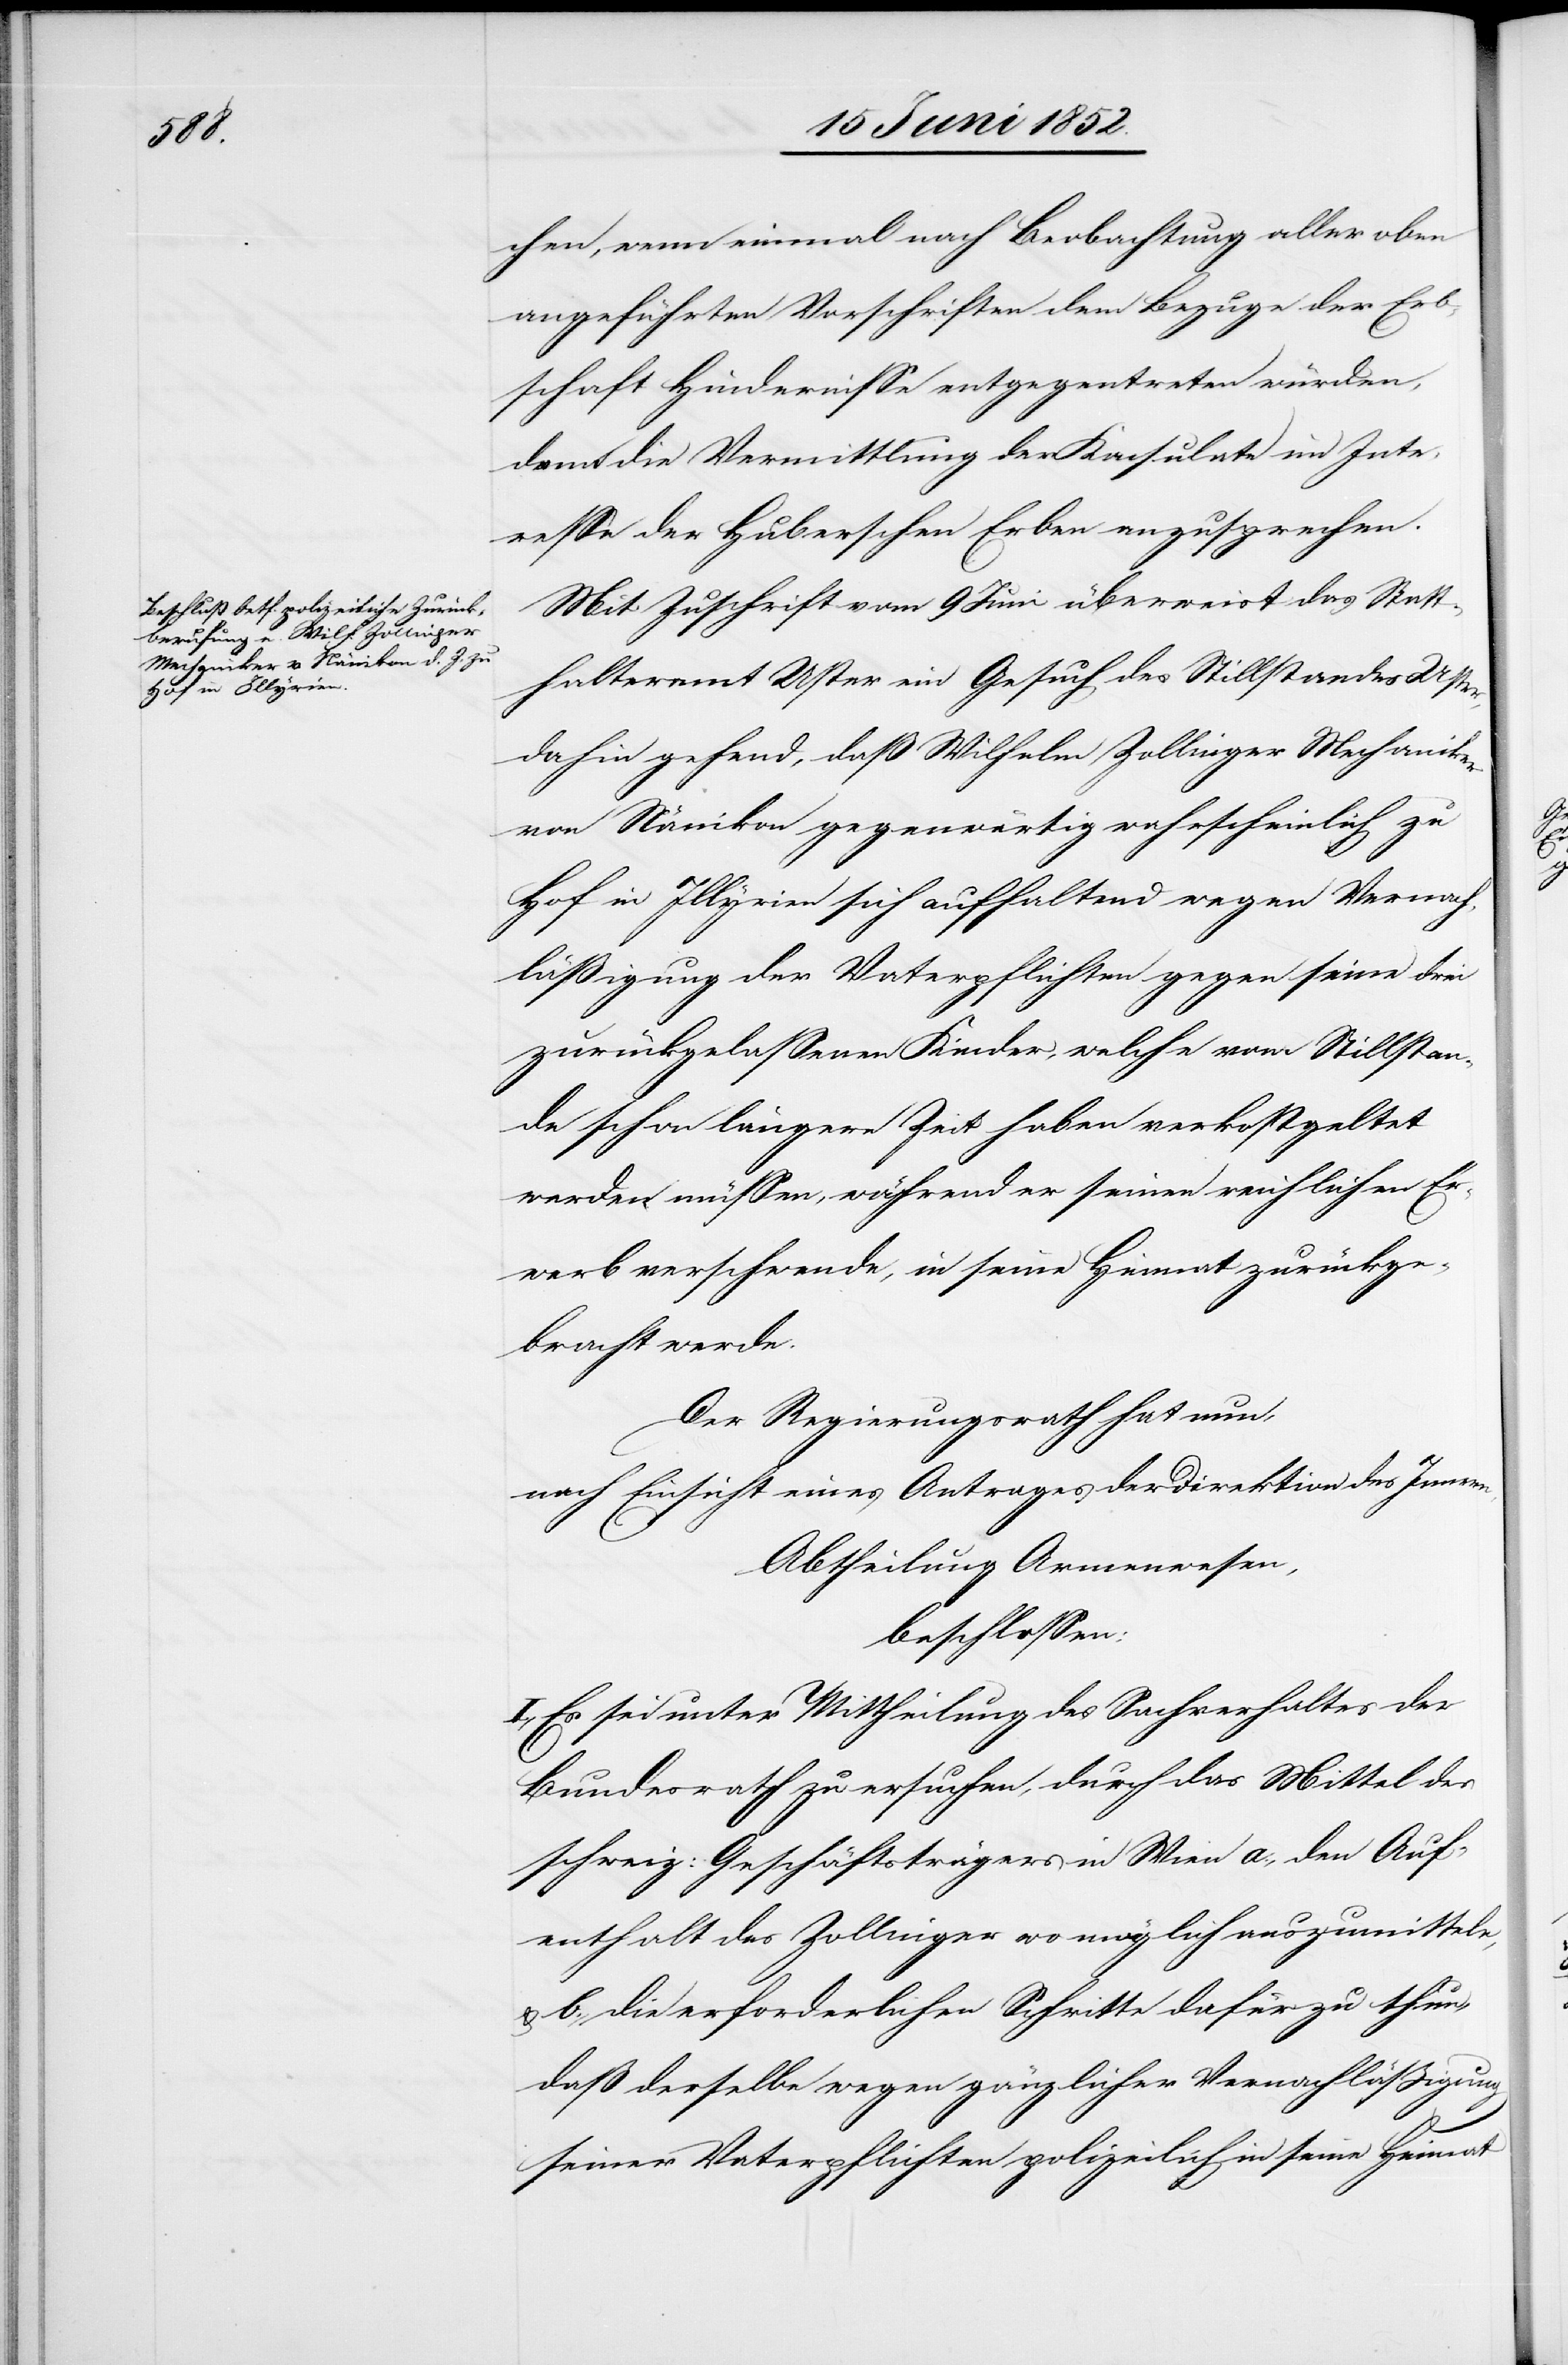
chen, wenn einmal nach Beobachtung aller oben
angeführten Vorschriften dem Bezuge der Erb¬
schaft Hindernisse entgegentreten würden,
dann die Vermittlung der Konsulate im Inte¬
resse der Huberschen Erben anzusprechen.
Mit Zuschrift vom 9 Juni überweist das Statt¬
halteramt Uster ein Gesuch des Stillstandes Uster,
dahin gehend, daß Wilhelm Zollinger Mechaniker
von Nänikon gegenwärtig wahrscheinlich zu
Hof in Illyrien sich aufhaltend wegen Vernach¬
läßigung der Vaterpflichten gegen seine drei
zurückgelassenen Kinder, welche vom Stillstan¬
de schon längere Zeit haben verkostgeltet
werden müssen, während er seinen reichlichen Er¬
werb verschwende, in seine Heimat zurückge¬
bracht werde.
Der Regierungsrath hat nun,
nach Einsicht eines Antrages der Direktion des Innern,
Abtheilung Armenwesen,
beschlossen:
I., Es sei unter Mittheilung des Sachverhaltes der
Bundesrath zu ersuchen, durch das Mittel des
schweiz: Geschäftsträgers in Wien a., den Auf¬
enthalt des Zollinger wo möglich auszumitteln,
& b., die erforderlichen Schritte dafür zu thun,
daß derselbe wegen gänzlicher Vernachläßigung
seiner Vaterpflichten polizeilich in seine Heimat